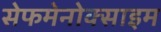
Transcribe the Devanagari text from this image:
सेफमेनोक्साइम